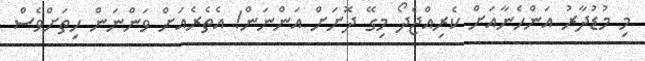
މި މުޑުދާރު އަންހެނާއަށް ކެރިއްޖެދޯ މިގޭ ދޮށަށް އަންނަން! އެތެރެއަށް ވަންނަން ހިތަށްވެސް